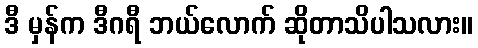
ဒီ မှန်က ဒီဂရီ ဘယ်လောက် ဆိုတာသိပါသလား။